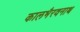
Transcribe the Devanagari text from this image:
कालभैरवनाथ